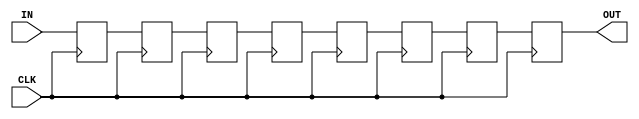
// regshifter, used to add pipeline stages
// TT

(* altera_attribute = "-name AUTO_SHIFT_REGISTER_RECOGNITION OFF" *)
module regchain
#(
	parameter NUM_STG = 8,
	parameter WIDTH = 32
)
(
	input			CLK,
	input	[WIDTH-1:0]	IN,
	output	[WIDTH-1:0]	OUT
);

	reg	[WIDTH-1:0]	tmp[0:NUM_STG];
	integer			i;

	always @(*)
		tmp[0] = IN;

	always @(posedge CLK)
		for (i = 0; i < NUM_STG; i = i + 1)
			tmp[i+1] <= tmp[i];

	assign OUT = tmp[NUM_STG];

endmodule